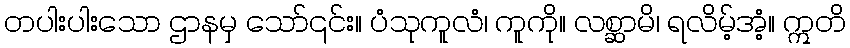
တပါးပါးသော ဌာနမှ သော်၎င်း။ ပံသုကူလံ၊ ကူကို။ လစ္ဆာမိ၊ ရလိမ့်အံ့။ ဣတိ